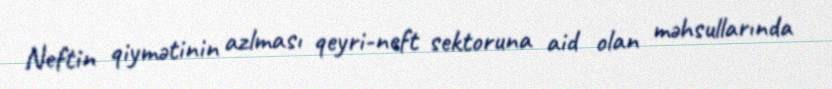
Neftin qiymətinin azlması qeyri-neft sektoruna aid olan məhsullarında